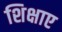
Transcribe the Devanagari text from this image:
शिक्षाए